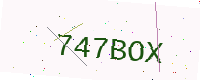
Text: 747BOX